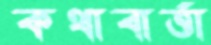
কথাবার্ত্তা